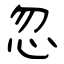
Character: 忽